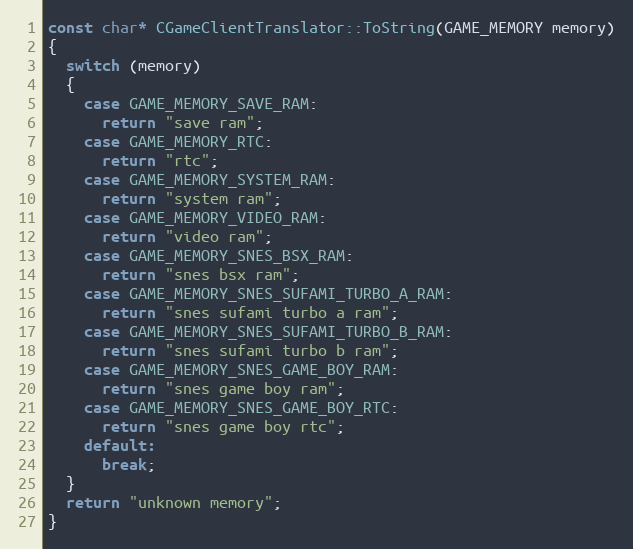
Language: C++
const char* CGameClientTranslator::ToString(GAME_MEMORY memory)
{
  switch (memory)
  {
    case GAME_MEMORY_SAVE_RAM:
      return "save ram";
    case GAME_MEMORY_RTC:
      return "rtc";
    case GAME_MEMORY_SYSTEM_RAM:
      return "system ram";
    case GAME_MEMORY_VIDEO_RAM:
      return "video ram";
    case GAME_MEMORY_SNES_BSX_RAM:
      return "snes bsx ram";
    case GAME_MEMORY_SNES_SUFAMI_TURBO_A_RAM:
      return "snes sufami turbo a ram";
    case GAME_MEMORY_SNES_SUFAMI_TURBO_B_RAM:
      return "snes sufami turbo b ram";
    case GAME_MEMORY_SNES_GAME_BOY_RAM:
      return "snes game boy ram";
    case GAME_MEMORY_SNES_GAME_BOY_RTC:
      return "snes game boy rtc";
    default:
      break;
  }
  return "unknown memory";
}